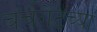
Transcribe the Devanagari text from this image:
चर्चगेटच्या